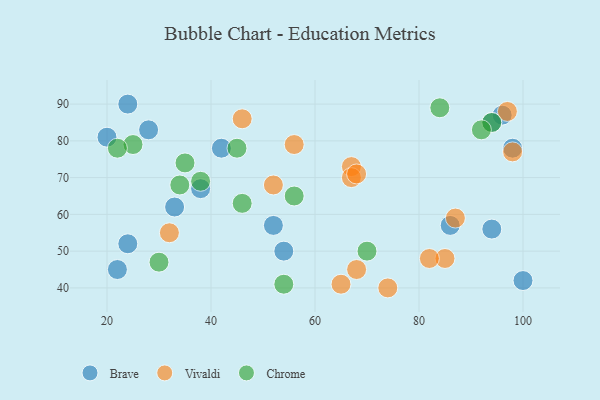
{"axis": {"x": "GDP", "y": "Life Expectancy"}, "legend": ["Brave", "Chrome", "Vivaldi"], "data": [{"x": "24", "y": 52, "type": "Brave"}, {"x": "96", "y": 87, "type": "Brave"}, {"x": "94", "y": 56, "type": "Brave"}, {"x": "38", "y": 67, "type": "Brave"}, {"x": "33", "y": 62, "type": "Brave"}, {"x": "28", "y": 83, "type": "Brave"}, {"x": "54", "y": 50, "type": "Brave"}, {"x": "22", "y": 45, "type": "Brave"}, {"x": "98", "y": 78, "type": "Brave"}, {"x": "100", "y": 42, "type": "Brave"}, {"x": "86", "y": 57, "type": "Brave"}, {"x": "24", "y": 90, "type": "Brave"}, {"x": "52", "y": 57, "type": "Brave"}, {"x": "20", "y": 81, "type": "Brave"}, {"x": "94", "y": 85, "type": "Brave"}, {"x": "42", "y": 78, "type": "Brave"}, {"x": "87", "y": 59, "type": "Vivaldi"}, {"x": "97", "y": 88, "type": "Vivaldi"}, {"x": "67", "y": 73, "type": "Vivaldi"}, {"x": "85", "y": 48, "type": "Vivaldi"}, {"x": "68", "y": 45, "type": "Vivaldi"}, {"x": "67", "y": 70, "type": "Vivaldi"}, {"x": "82", "y": 48, "type": "Vivaldi"}, {"x": "46", "y": 86, "type": "Vivaldi"}, {"x": "52", "y": 68, "type": "Vivaldi"}, {"x": "56", "y": 79, "type": "Vivaldi"}, {"x": "74", "y": 40, "type": "Vivaldi"}, {"x": "32", "y": 55, "type": "Vivaldi"}, {"x": "98", "y": 77, "type": "Vivaldi"}, {"x": "68", "y": 71, "type": "Vivaldi"}, {"x": "65", "y": 41, "type": "Vivaldi"}, {"x": "35", "y": 74, "type": "Chrome"}, {"x": "25", "y": 79, "type": "Chrome"}, {"x": "22", "y": 78, "type": "Chrome"}, {"x": "45", "y": 78, "type": "Chrome"}, {"x": "56", "y": 65, "type": "Chrome"}, {"x": "38", "y": 69, "type": "Chrome"}, {"x": "70", "y": 50, "type": "Chrome"}, {"x": "94", "y": 85, "type": "Chrome"}, {"x": "34", "y": 68, "type": "Chrome"}, {"x": "92", "y": 83, "type": "Chrome"}, {"x": "84", "y": 89, "type": "Chrome"}, {"x": "54", "y": 41, "type": "Chrome"}, {"x": "46", "y": 63, "type": "Chrome"}, {"x": "30", "y": 47, "type": "Chrome"}]}